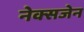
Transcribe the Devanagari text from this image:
नेक्सजेन